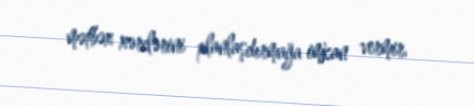
mətbəx xərclərini planlaşdırmağa imkan vermir.